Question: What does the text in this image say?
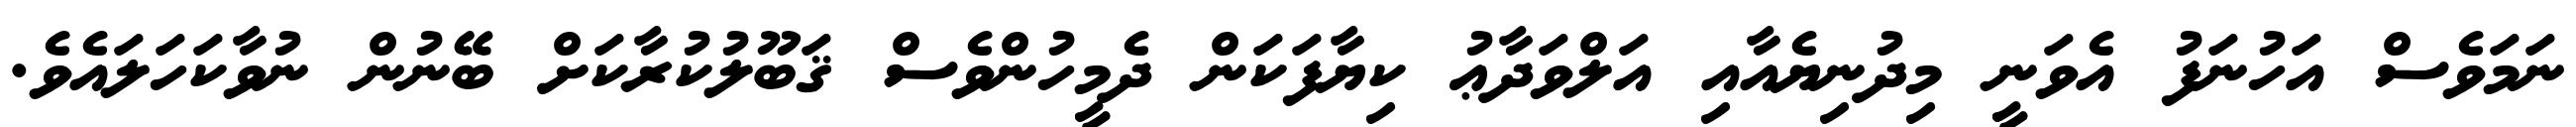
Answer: ނަމަވެސް އަހުނަފު އެވަނީ މިދުނިޔެއާއި އަލްވަދާޢު ކިޔާފަކަން ދެމީހުންވެސް ޤަބޫލުކުރާކަށް ބޭނުން ނުވާކަހަލައެވެ.